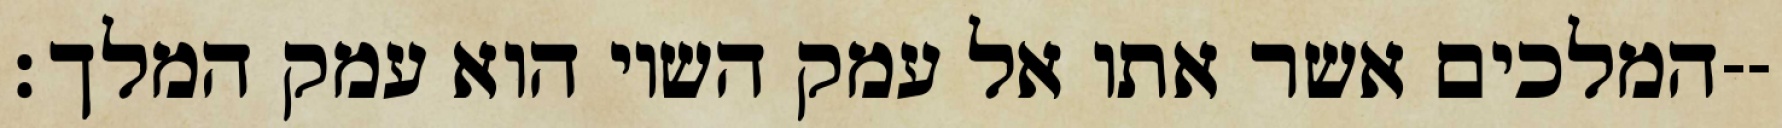
המלכים אשר אתו אל עמק השוי הוא עמק המלך׃--